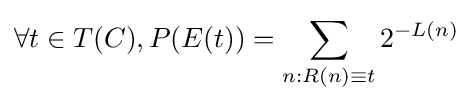
\forall t\in T(C),P(E(t))=\sum _{n:R(n)\equiv t}2^{-L(n)}